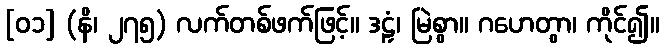
[၀၁] (နိ၊ ၂၇၅) လက်တစ်ဖက်ဖြင့်။ ဒဠှံ၊ မြဲစွာ။ ဂဟေတွာ၊ ကိုင်၍။